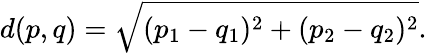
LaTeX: d(p,q)={\sqrt{(p_{1}-q_{1})^{2}+(p_{2}-q_{2})^{2}}}.